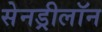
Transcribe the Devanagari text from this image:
सेनड्रीलॉन